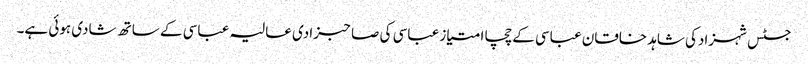
جسٹس شہزادکی شاہد خاقان عباسی کے چچا امتیاز عباسی کی صاحبزادی عالیہ عباسی کے ساتھ شادی ہوئی ہے۔